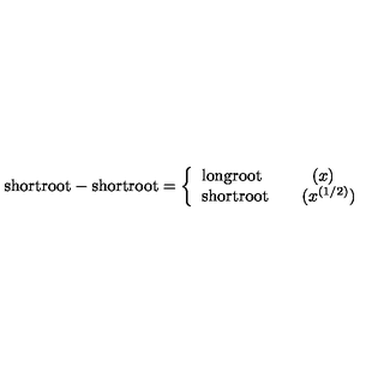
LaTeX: \mathrm { s h o r t r o o t } - \mathrm { s h o r t r o o t } = \left\{ \begin{array} { l } { \mathrm { l o n g r o o t } \qquad \quad ( x ) } \\ { \mathrm { s h o r t r o o t } \qquad ( x ^ { ( 1 / 2 ) } ) } \\ \end{array} \right.